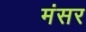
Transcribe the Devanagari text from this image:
मंसर